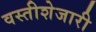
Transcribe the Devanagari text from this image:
वस्तीशेजारी